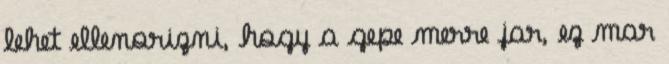
lehet ellenorizni, hogy a gepe merre jar, ez mar